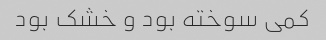
کمی سوخته بود و خشک بود